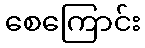
စေကြောင်း